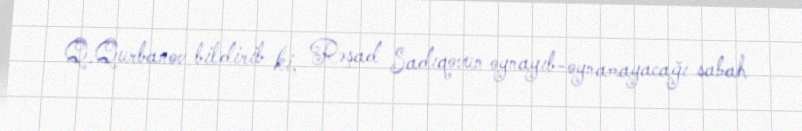
Q.Qurbanov bildirib ki, Rəşad Sadıqovun oynayıb-oynamayacağı sabah